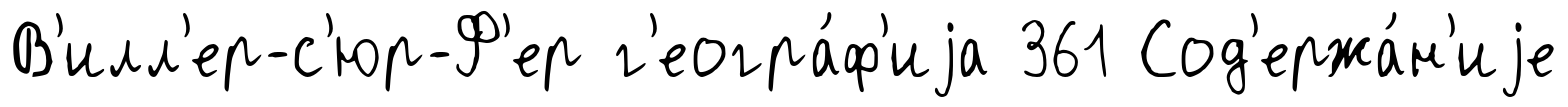
В'илл'ер-с'юр-Ф'ер г'еогра́ф'иjа 361 Сод'ержа́н'иjе